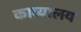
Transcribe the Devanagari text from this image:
काव्यालय